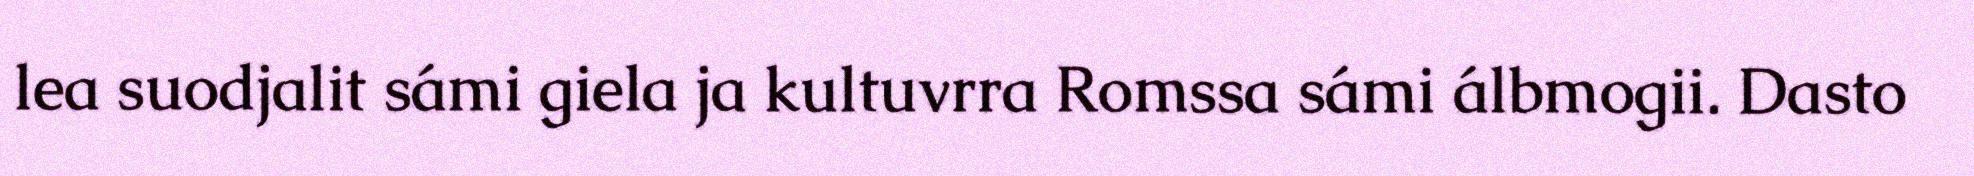
lea suodjalit sámi giela ja kultuvrra Romssa sámi álbmogii. Dasto